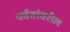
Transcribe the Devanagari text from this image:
पर्वतांवरील